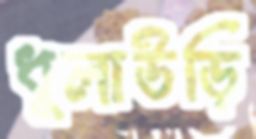
ধুলাউড়ি